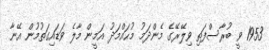
1953 ވީ ބުރާސްފަތި ވިލޭރޭގެ މެންދަމު މުޙައްމަދު އަމީން މާލެ ވަޑައިގަތުމުން އޭނާ